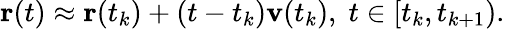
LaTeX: \mathbf{r}(t)\approx\mathbf{r}(t_{k})+(t-t_{k})\mathbf{v}(t_{k}),\; t\in[t_{k},t_{k+1}).